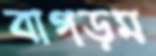
বাগড়ম